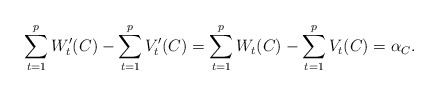
\begin{align*} \sum_{t=1}^pW'_t(C)-\sum_{t=1}^pV'_t(C)=\sum_{t=1}^pW_t(C)-\sum_{t=1}^pV_t(C)=\alpha_C.\end{align*}